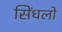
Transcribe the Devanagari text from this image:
सिंधलो